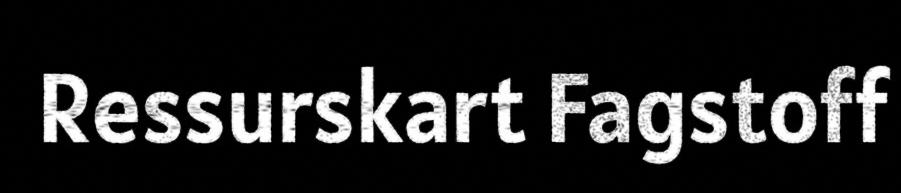
Ressurskart Fagstoff